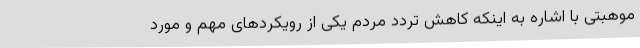
موهبتی با اشاره به اینکه کاهش تردد مردم یکی از رویکردهای مهم و مورد